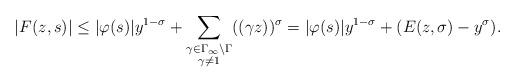
LaTeX: \begin{align*}|F(z,s)| \leq |\varphi(s)| y^{1-\sigma} + \sum_{\substack{\gamma \in \Gamma_{\infty} \backslash \Gamma \\ \gamma \neq 1}} ((\gamma z))^\sigma= |\varphi(s)| y^{1-\sigma} + (E(z,\sigma) - y^{\sigma}).\end{align*}